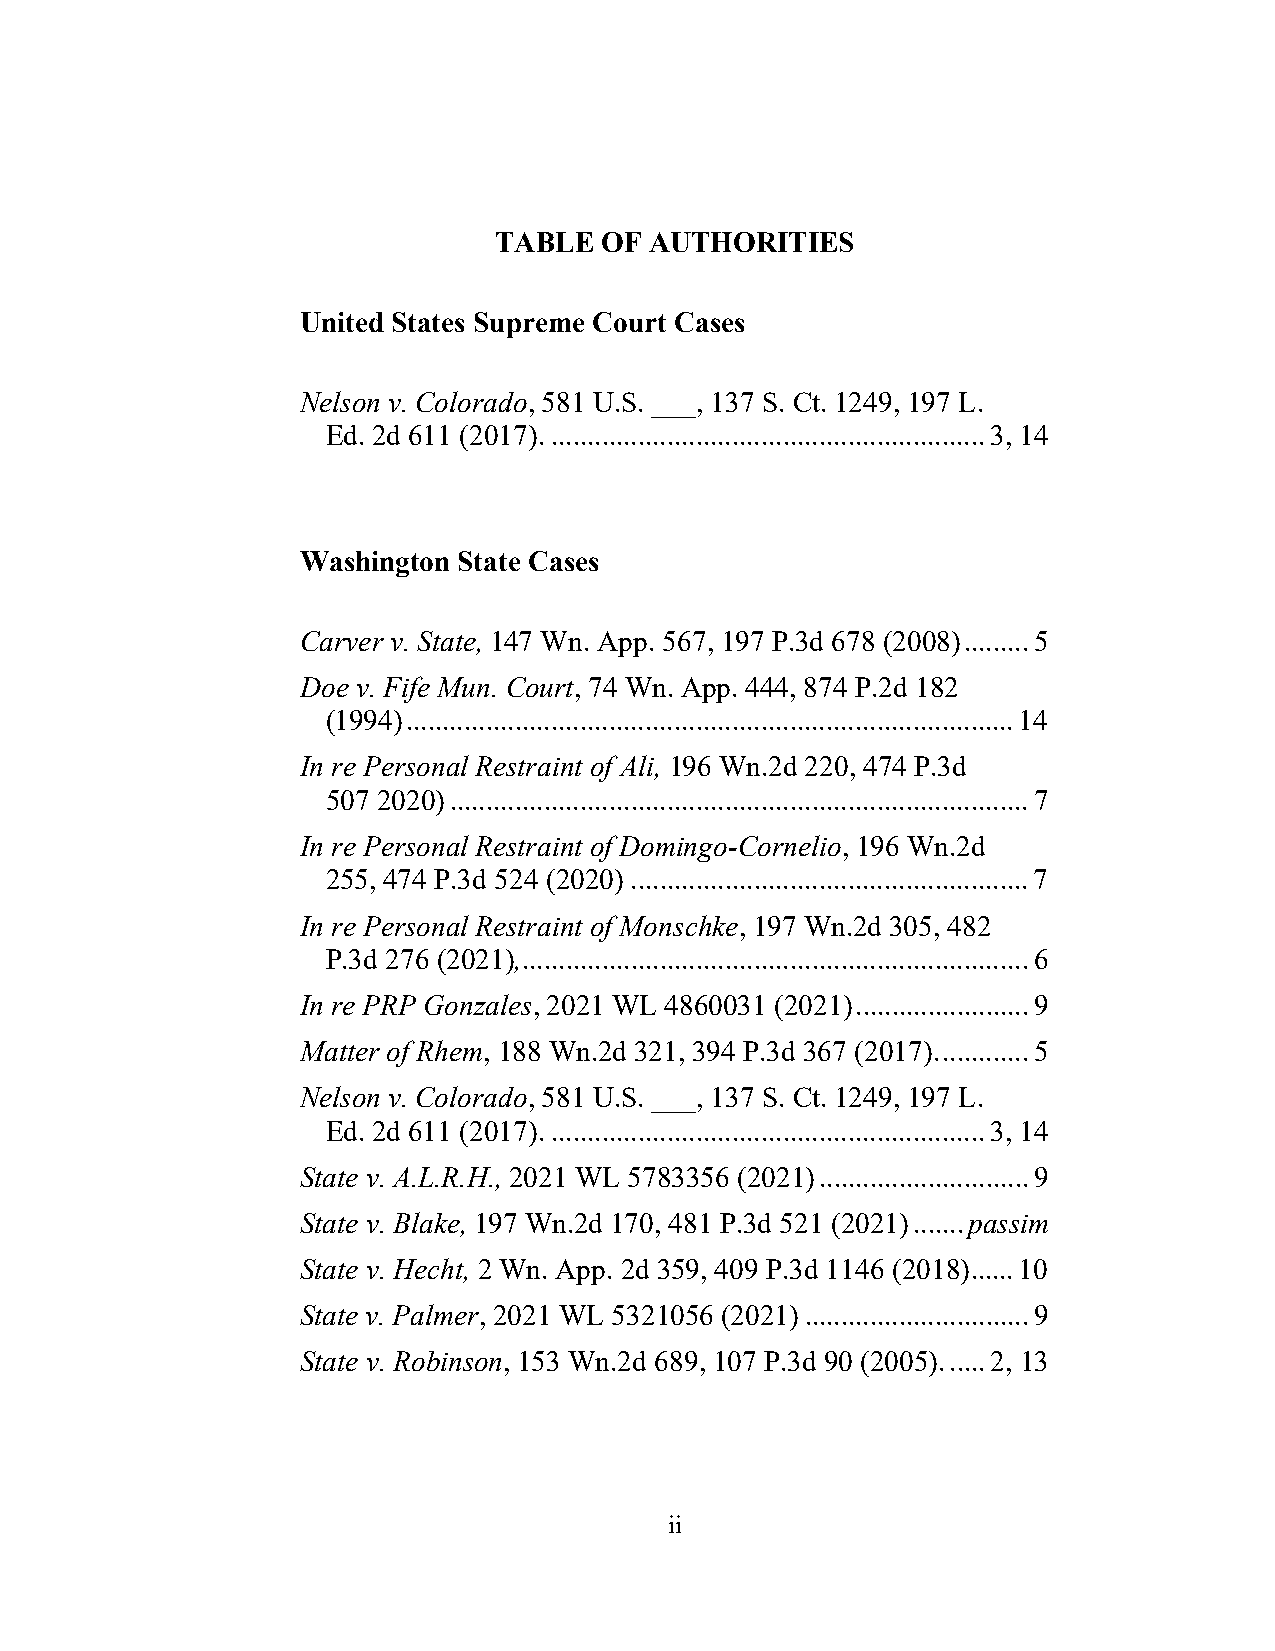
TABLE  OF AUTHORITIES
 United States Supreme Court Cases
 Nelson v. Colorado, 581 U.S. ___, 137 S. Ct. 1249, 197 L.
 Ed. 2d 611 (2017). ............................................................ 3, 14
 Washington State Cases
 Carver v. State, 147 Wn. App. 567, 197 P.3d 678 (2008) ......... 5
 Doe v. Fife Mun. Court, 74 Wn. App. 444, 874 P.2d 182
 (1994) .................................................................................... 14
 In re Personal Restraint of Ali, 196 Wn.2d 220, 474 P.3d
 507 2020) ................................................................................ 7
 In re Personal Restraint of Domingo-Cornelio, 196 Wn.2d
 255, 474 P.3d 524 (2020) ....................................................... 7
 In re Personal Restraint of Monschke, 197 Wn.2d 305, 482
 P.3d 276 (2021), ...................................................................... 6
 In re PRP Gonzales, 2021 WL 4860031 (2021) ........................ 9
 Matter of Rhem, 188 Wn.2d 321, 394 P.3d 367 (2017). ............ 5
 Nelson v. Colorado, 581 U.S. ___, 137 S. Ct. 1249, 197 L.
 Ed. 2d 611 (2017). ............................................................ 3, 14
 State v. A.L.R.H., 2021 WL 5783356 (2021) ............................. 9
 State v. Blake, 197 Wn.2d 170, 481 P.3d 521 (2021) ....... passim
 State v. Hecht, 2 Wn. App. 2d 359, 409 P.3d 1146 (2018) ...... 10
 State v. Palmer, 2021 WL 5321056 (2021) ............................... 9
 State v. Robinson, 153 Wn.2d 689, 107 P.3d 90 (2005). ..... 2, 13
 ii